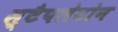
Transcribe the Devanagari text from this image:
स्टैपलेटोन